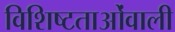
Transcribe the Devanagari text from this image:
विशिष्टताओंवाली